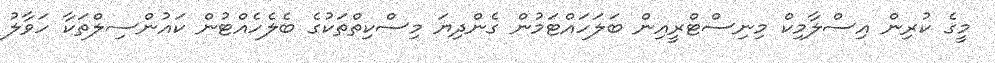
މީގެ ކުރިން އިސްލާމިކް މިނިސްޓްރީއިން ބަލަހައްޓަމުން ގެންދިޔަ މިސްކިތްތަކުގެ ބެލެހެއްޓުން ކައުންސިލްތަކާ ހަވާލު